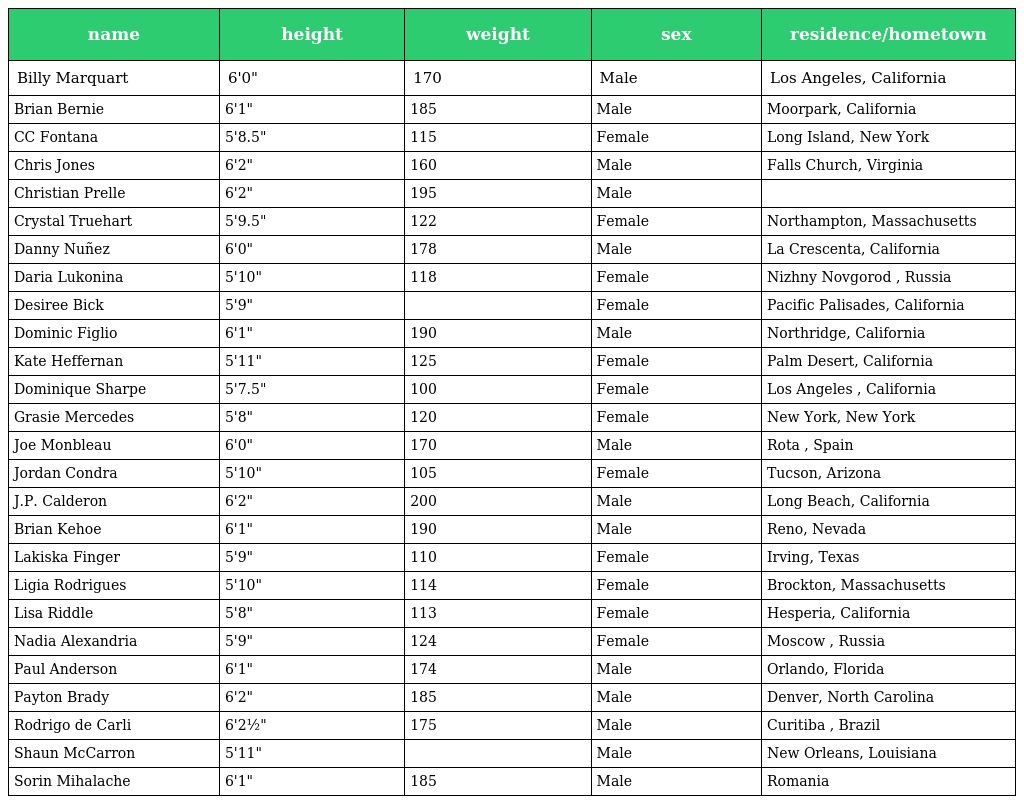
| name | height | weight | sex | residence/hometown |
 | --- | --- | --- | --- | --- |
 | Billy Marquart | 6'0" | 170 | Male | Los Angeles, California |
 | Brian Bernie | 6'1" | 185 | Male | Moorpark, California |
 | CC Fontana | 5'8.5" | 115 | Female | Long Island, New York |
 | Chris Jones | 6'2" | 160 | Male | Falls Church, Virginia |
 | Christian Prelle | 6'2" | 195 | Male |  |
 | Crystal Truehart | 5'9.5" | 122 | Female | Northampton, Massachusetts |
 | Danny Nuñez | 6'0" | 178 | Male | La Crescenta, California |
 | Daria Lukonina | 5'10" | 118 | Female | Nizhny Novgorod , Russia |
 | Desiree Bick | 5'9" |  | Female | Pacific Palisades, California |
 | Dominic Figlio | 6'1" | 190 | Male | Northridge, California |
 | Kate Heffernan | 5'11" | 125 | Female | Palm Desert, California |
 | Dominique Sharpe | 5'7.5" | 100 | Female | Los Angeles , California |
 | Grasie Mercedes | 5'8" | 120 | Female | New York, New York |
 | Joe Monbleau | 6'0" | 170 | Male | Rota , Spain |
 | Jordan Condra | 5'10" | 105 | Female | Tucson, Arizona |
 | J.P. Calderon | 6'2" | 200 | Male | Long Beach, California |
 | Brian Kehoe | 6'1" | 190 | Male | Reno, Nevada |
 | Lakiska Finger | 5'9" | 110 | Female | Irving, Texas |
 | Ligia Rodrigues | 5'10" | 114 | Female | Brockton, Massachusetts |
 | Lisa Riddle | 5'8" | 113 | Female | Hesperia, California |
 | Nadia Alexandria | 5'9" | 124 | Female | Moscow , Russia |
 | Paul Anderson | 6'1" | 174 | Male | Orlando, Florida |
 | Payton Brady | 6'2" | 185 | Male | Denver, North Carolina |
 | Rodrigo de Carli | 6'2½" | 175 | Male | Curitiba , Brazil |
 | Shaun McCarron | 5'11" |  | Male | New Orleans, Louisiana |
 | Sorin Mihalache | 6'1" | 185 | Male | Romania |